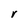
Character: V